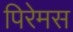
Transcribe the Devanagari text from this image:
पिरेमस